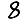
Digit: 8